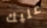
عليك